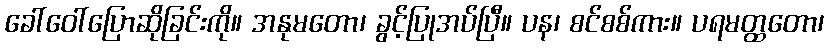
ခေါ်ဝေါ်ပြောဆိုခြင်းကို။ အနုမတော၊ ခွင့်ပြုအပ်ပြီ။ ပန၊ စင်စစ်ကား။ ပရမတ္ထတော၊